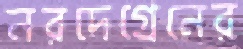
নরদেগ্রেনের